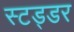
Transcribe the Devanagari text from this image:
स्टड्डर